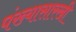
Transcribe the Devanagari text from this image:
पंख्यासारखी